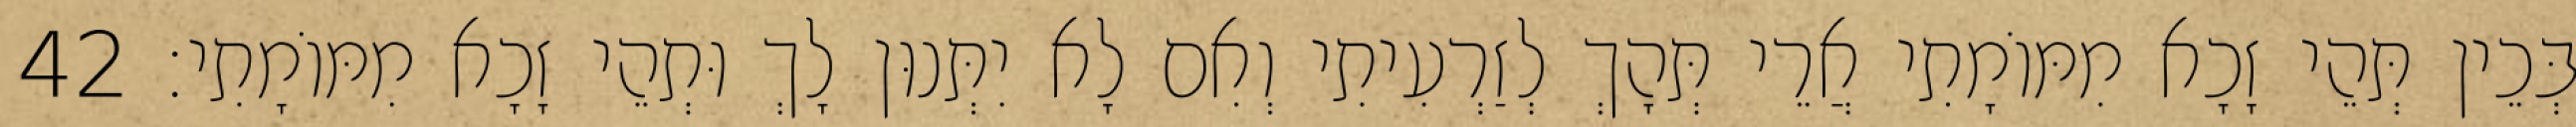
בְּכֵין תְּהֵי זָכָא מִמּוֹמָתִי אֲרֵי תְּהָךְ לְזַרְעִיתִי וְאִם לָא יִתְּנוּן לָךְ וּתְהֵי זָכָא מִמּוֹמָתִי׃ 42